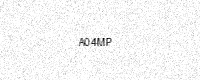
Text: A04MP